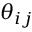
\theta _ { i j }